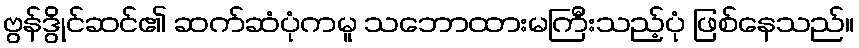
ဗွန်ဒွိုင်ဆင်၏ ဆက်ဆံပုံကမူ သဘောထားမကြီးသည့်ပုံ ဖြစ်နေသည်။